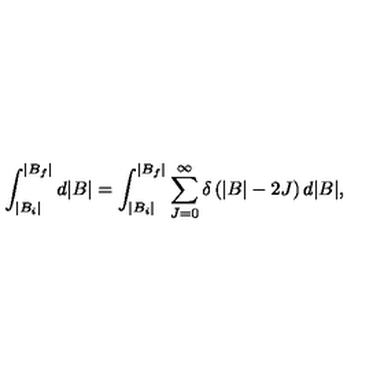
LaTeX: \int _ { | B _ { i } | } ^ { | B _ { f } | } d | B | = \int _ { | B _ { i } | } ^ { | B _ { f } | } \sum _ { J = 0 } ^ { \infty } \delta \left( | B | - 2 J \right) d | B | ,